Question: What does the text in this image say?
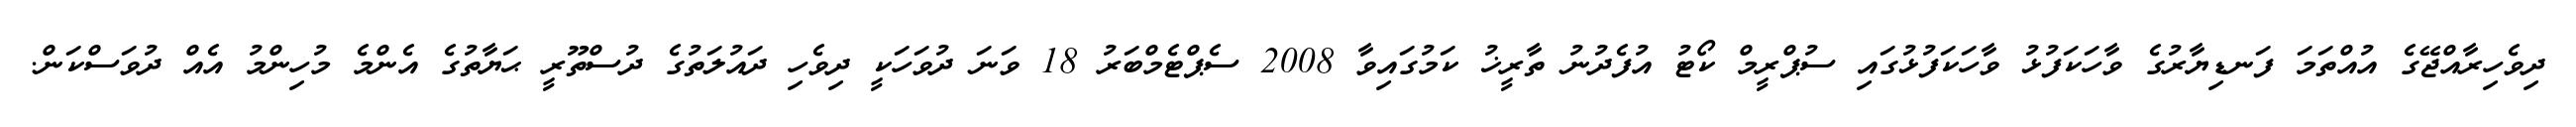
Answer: ދިވެހިރާއްޖޭގެ އުއްތަމަ ފަނޑިޔާރުގެ ވާހަކަފުޅު ވާހަކަފުޅުގައި ސުޕްރީމް ކޯޓު އުފެދުނު ތާރީޚު ކަމުގައިވާ 2008 ސެޕްޓެމްބަރު 18 ވަނަ ދުވަހަކީ ދިވެހި ދައުލަތުގެ ދުސްތޫރީ ޙަޔާތުގެ އެންމެ މުހިންމު އެއް ދުވަސްކަން.